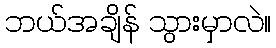
ဘယ်အချိန် သွားမှာလဲ။